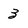
Character: 3